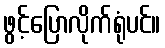
ဖွင့်ပြောလိုက်ရုံပင်။